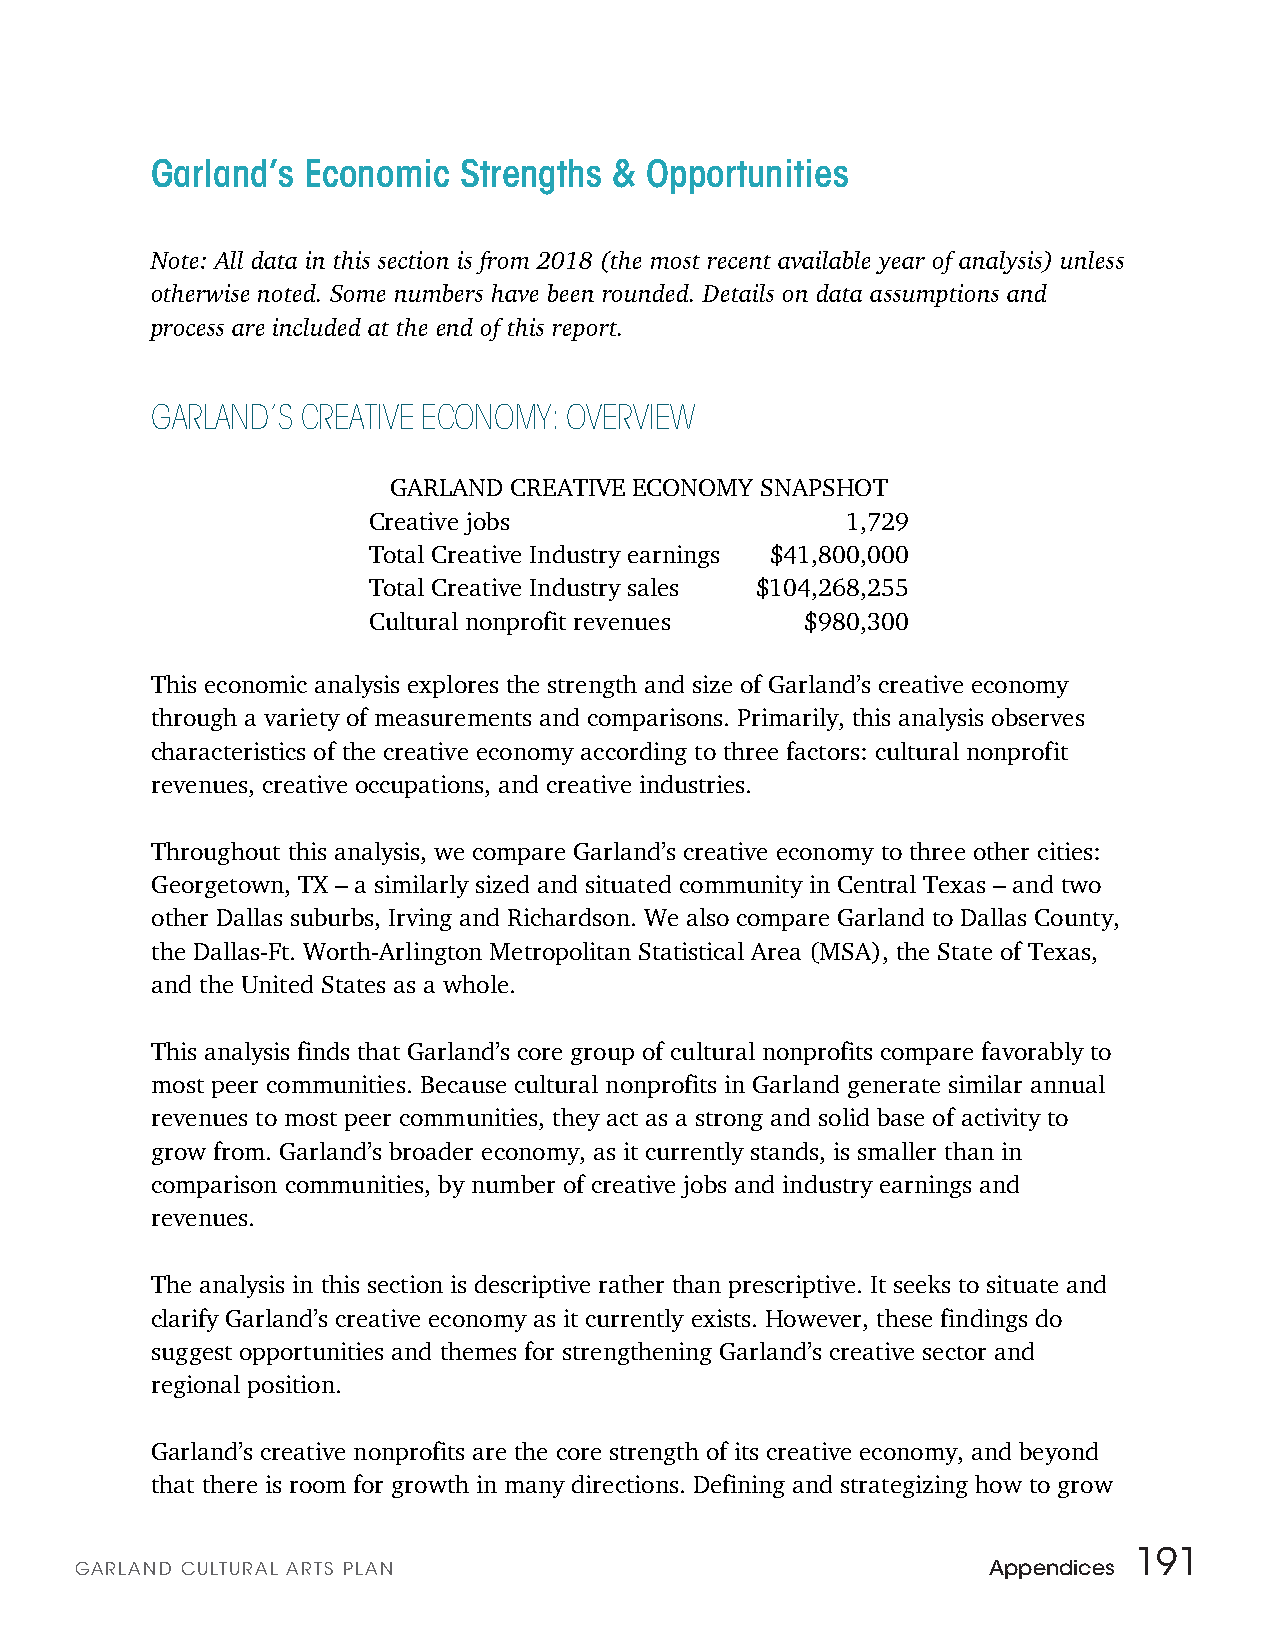
Garland’s Economic  Strengths  & Opportunities
 Note: All data in this section is from 2018 (the most recent available year of analysis) unless
 otherwise noted. Some numbers have been rounded. Details on data assumptions and
 process are included at the end of this report.
 GARLAND’S CREATIVE ECONOMY: OVERVIEW
 GARLAND CREATIVE ECONOMY SNAPSHOT
 Creative jobs                   1,729
 Total Creative Industry earnings $41,800,000
 Total Creative Industry sales $104,268,255
 Cultural nonprofit revenues  $980,300
 This economic analysis explores the strength and size of Garland’s creative economy
 through a variety of measurements and comparisons. Primarily, this analysis observes
 characteristics of the creative economy according to three factors: cultural nonprofit
 revenues, creative occupations, and creative industries.
 Throughout this analysis, we compare Garland’s creative economy to three other cities:
 Georgetown, TX – a similarly sized and situated community in Central Texas – and two
 other Dallas suburbs, Irving and Richardson. We also compare Garland to Dallas County,
 the Dallas-Ft. Worth-Arlington Metropolitan Statistical Area (MSA), the State of Texas,
 and the United States as a whole.
 This analysis finds that Garland’s core group of cultural nonprofits compare favorably to
 most peer communities. Because cultural nonprofits in Garland generate similar annual
 revenues to most peer communities, they act as a strong and solid base of activity to
 grow from. Garland’s broader economy, as it currently stands, is smaller than in
 comparison communities, by number of creative jobs and industry earnings and
 revenues.
 The analysis in this section is descriptive rather than prescriptive. It seeks to situate and
 clarify Garland’s creative economy as it currently exists. However, these findings do
 suggest opportunities and themes for strengthening Garland’s creative sector and
 regional position.
 Garland’s creative nonprofits are the core strength of its creative economy, and beyond
 that there is room for growth in many directions. Defining and strategizing how to grow
 191
 GARLAN D CULTURAL ARTS PLAN                                 Appendices